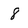
Character: 8